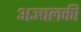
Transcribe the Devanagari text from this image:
अञ्चलकी